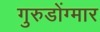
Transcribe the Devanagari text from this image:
गुरुडोंग्मार